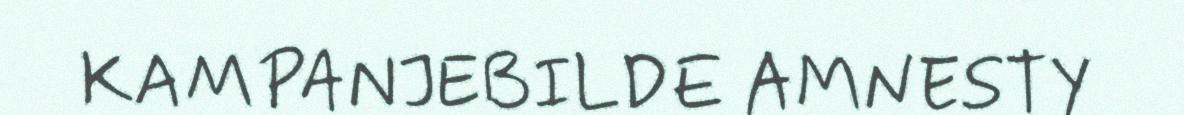
KAMPANJEBILDE AMNESTY